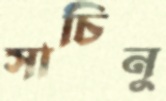
সাচিনু